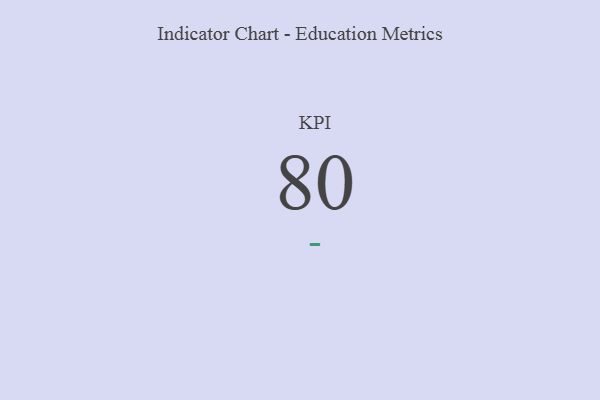
{"axis": {"x": "KPI", "y": "Value"}, "legend": [""], "data": [{"x": "KPI", "y": 80, "type": ""}]}